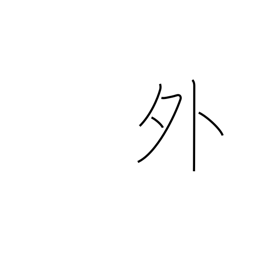
Meaning: outside